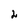
Character: 2